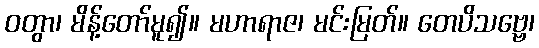
ဝတွာ၊ မိန့်တော်မူ၍။ မဟာရာဇ၊ မင်းမြတ်။ တေပိသဗ္ဗေ၊